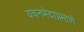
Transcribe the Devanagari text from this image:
वचनभेदाप्रमाणे